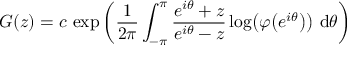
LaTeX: G ( z ) = c \, \exp \left( { \frac { 1 } { 2 \pi } } \int _ { - \pi } ^ { \pi } { \frac { e ^ { i \theta } + z } { e ^ { i \theta } - z } } \log \! \left( \varphi \! \left( e ^ { i \theta } \right) \right) \, \mathrm { d } \theta \right)